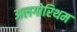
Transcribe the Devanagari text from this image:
अलगोरिथम